Document type: Sale
Year: 1354
Scribe: Bernat de Torre
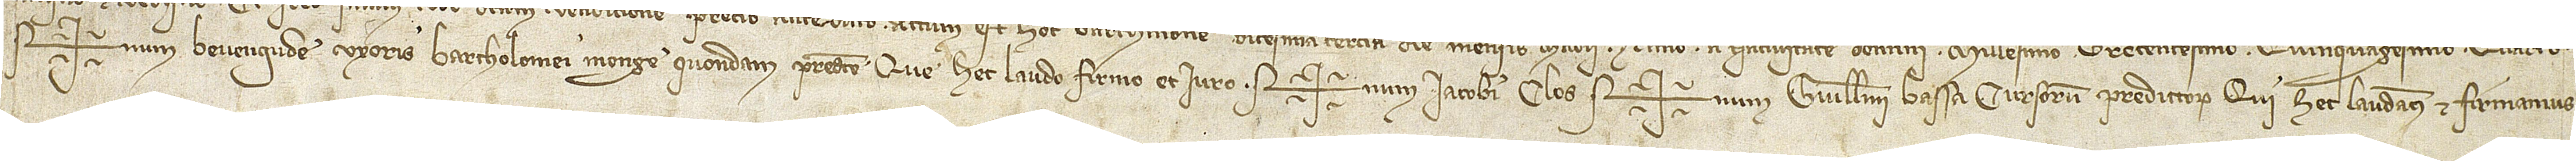
Sig+num Bevengude, uxoris Bartholomei Monge, quondam, predicte, que hec laudo, firmo et iuro. Sig+num Iacobi Clos, Sig+num Guillelmi Bassa, cursorum predictorum, qui hec laudamus et firmamus.